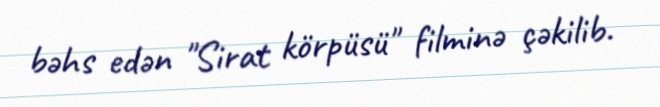
bəhs edən "Sirat körpüsü" filminə çəkilib.